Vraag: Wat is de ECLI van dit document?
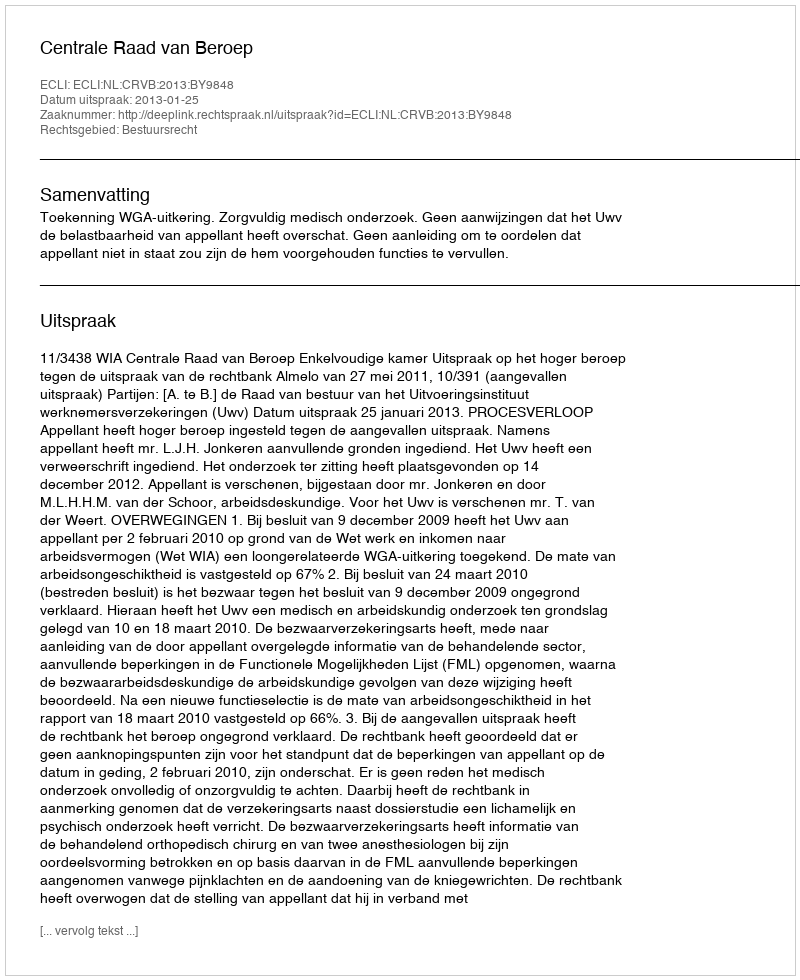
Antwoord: ECLI:NL:CRVB:2013:BY9848